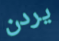
يردن